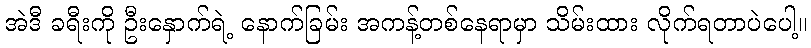
အဲဒီ ခရီးကို ဦးနှောက်ရဲ့ နောက်ခြမ်း အကန့်တစ်နေရာမှာ သိမ်းထား လိုက်ရတာပဲပေါ့။